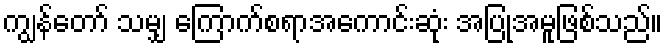
ကျွန်တော် သမျှ ကြောက်စရာအကောင်းဆုံး အပြုအမူဖြစ်သည်။